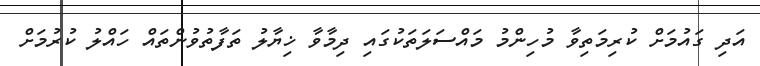
އަދި ގައުމަށް ކުރިމަތިވާ މުހިންމު މައްސަލަތަކުގައި ދިމާވާ ޚިޔާލު ތަފާތުވުންތައް ހައްލު ކުރުމަށް